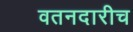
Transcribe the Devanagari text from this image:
वतनदारीच